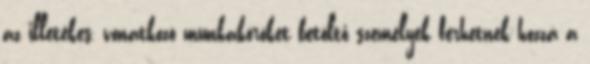
az illetékes, vonatkozó munkaköröket betöltő személyek férhetnek hozzá a